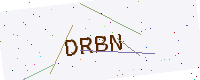
Text: DRBN